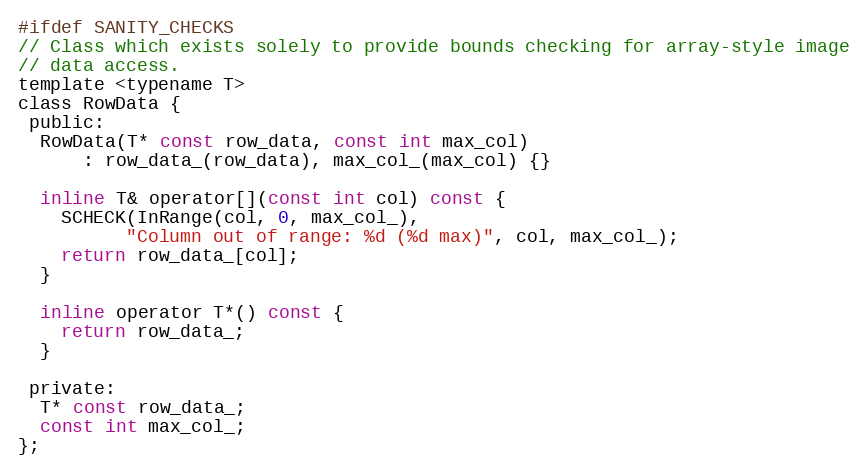
Language: C
#ifdef SANITY_CHECKS
// Class which exists solely to provide bounds checking for array-style image
// data access.
template <typename T>
class RowData {
 public:
  RowData(T* const row_data, const int max_col)
      : row_data_(row_data), max_col_(max_col) {}

  inline T& operator[](const int col) const {
    SCHECK(InRange(col, 0, max_col_),
          "Column out of range: %d (%d max)", col, max_col_);
    return row_data_[col];
  }

  inline operator T*() const {
    return row_data_;
  }

 private:
  T* const row_data_;
  const int max_col_;
};